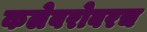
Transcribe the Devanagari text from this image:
कलेबरोबरच